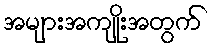
အများအကျိုးအတွက်